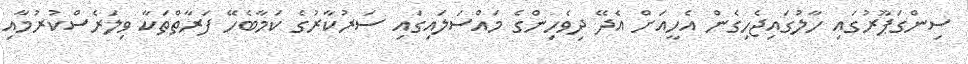
ސިންގަޕޫރުގައި ހާލުގައިޖެހިގެން އެހީއަށް އެދޭ ދިވެހިންގެ މައްސަލައިގައި ސަރުކާރުގެ ކަމާބެހޭ ފަރާތްތަކާ ވިލަރެސްކުރުމާއި